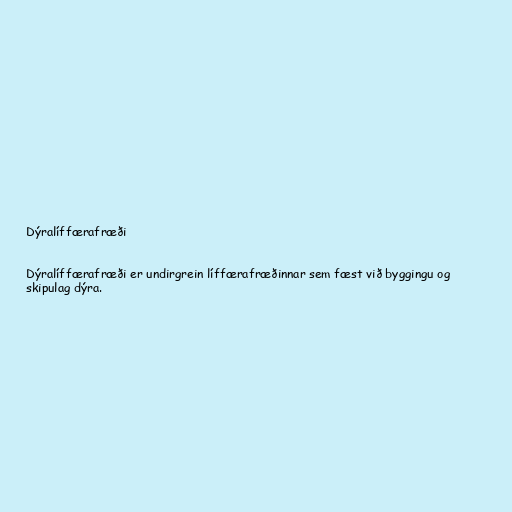
Dýralíffærafræði

Dýralíffærafræði er undirgrein líffærafræðinnar sem fæst við byggingu og
skipulag dýra.